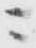
ニ